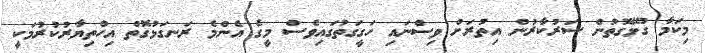
މިކަމާ ގުޅޭގޮތުން ސަރުކާރުން އިތުރަށް ވިސްނައި ހަގީގަތުގައިވެސް މީގެ އެންމެ ރަނގަޅުގޮތް އިހްތިޔާރުކުރުމަކީ